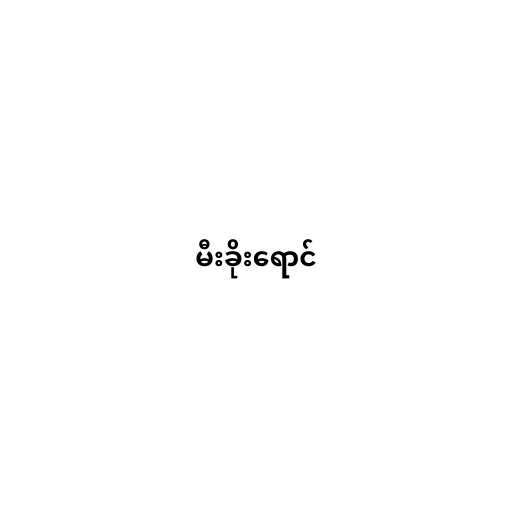
မီးခိုးရောင်